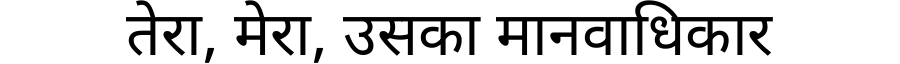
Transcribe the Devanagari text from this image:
तेरा, मेरा, उसका मानवाधिकार